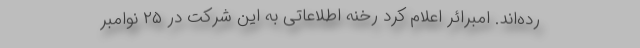
رده‌اند. امبرائر اعلام کرد رخنه اطلاعاتی به این شرکت در ۲۵ نوامبر